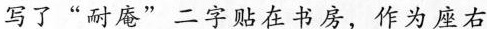
写了”耐庵”二字贴在书房，作为座右